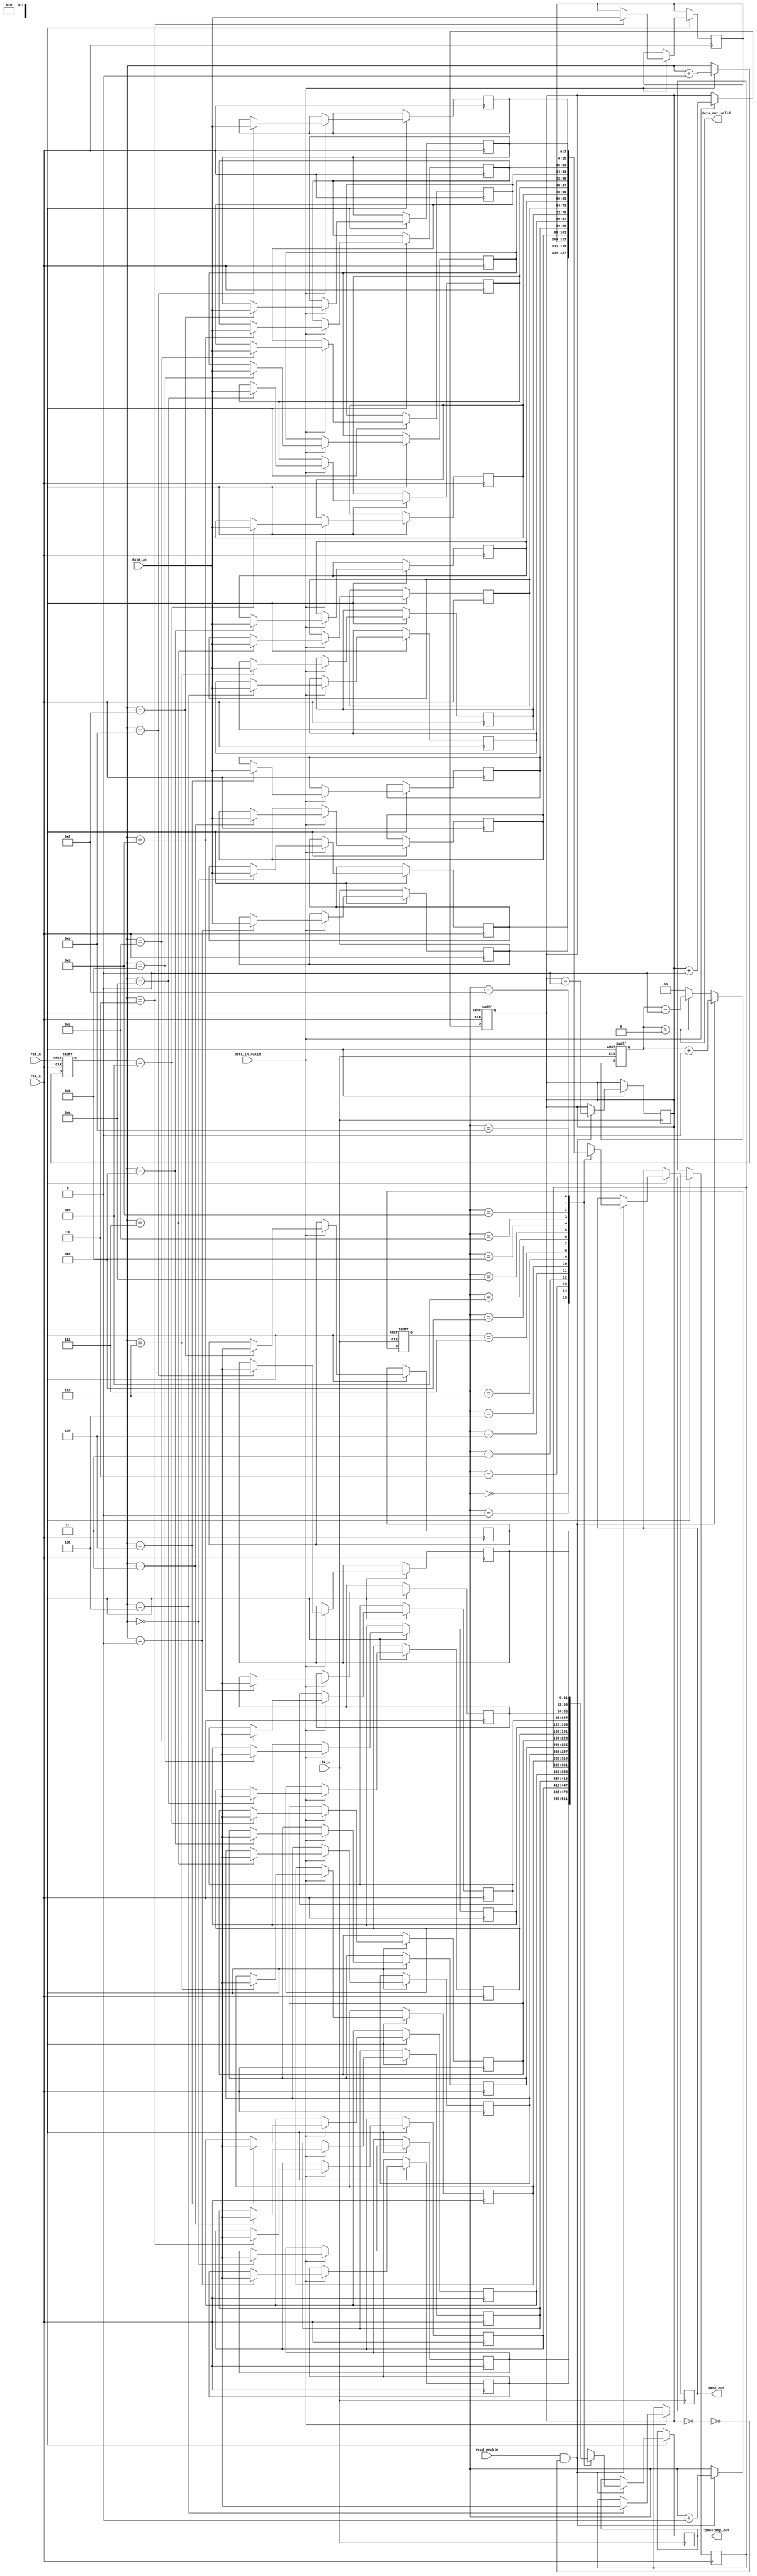
module TimeStampedSynchronizer #(
    parameter DATA_WIDTH = 8,
    parameter FIFO_DEPTH = 16
)(
    input wire clk_a,             // Clock_A
    input wire clk_b,             // Clock_B
    input wire rst_n,             // Active low reset
    input wire data_in_valid,     // Data valid signal from Clock_A domain
    input wire [DATA_WIDTH-1:0] data_in,  // Data input from Clock_A
    output wire [DATA_WIDTH-1:0] data_out, // Data output to Clock_B
    output wire [31:0] timestamp_out, // Timestamp output to Clock_B
    output wire data_out_valid,    // Data valid signal for Clock_B
    input wire read_enable          // Enable reading data in Clock_B domain
);

// FIFO buffer implementation
reg [DATA_WIDTH-1:0] fifo_data [0:FIFO_DEPTH-1];
reg [31:0] fifo_timestamp [0:FIFO_DEPTH-1];
reg [3:0] write_pointer;
reg [3:0] read_pointer;
reg [3:0] fifo_count;

wire fifo_empty = (fifo_count == 0);
wire fifo_full = (fifo_count == FIFO_DEPTH);

// Control logic for writing to FIFO in Clock_A
always @(posedge clk_a or negedge rst_n) begin
    if (!rst_n) begin
        write_pointer <= 0;
        fifo_count <= 0;
    end else if (data_in_valid && !fifo_full) begin
        fifo_data[write_pointer] <= data_in;
        fifo_timestamp[write_pointer] <= $time; // Capture timestamp
        write_pointer <= write_pointer + 1;
        fifo_count <= fifo_count + 1;
    end
end

// Synchronization logic for reading from FIFO in Clock_B
reg [DATA_WIDTH-1:0] sync_data;
reg [31:0] sync_timestamp;
reg [1:0] sync_data_valid;

always @(posedge clk_b or negedge rst_n) begin
    if (!rst_n) begin
        read_pointer <= 0;
        sync_data_valid <= 0;
    end else if (read_enable && !fifo_empty) begin
        sync_data <= fifo_data[read_pointer];
        sync_timestamp <= fifo_timestamp[read_pointer];
        read_pointer <= read_pointer + 1;
        fifo_count <= fifo_count - 1;
        sync_data_valid <= sync_data_valid + 1; // Update valid signal
    end else begin
        sync_data_valid <= (sync_data_valid > 0) ? sync_data_valid - 1 : 0;
    end
end

assign data_out = sync_data;
assign timestamp_out = sync_timestamp;
assign data_out_valid = (sync_data_valid > 0);

endmodule